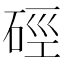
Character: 硜